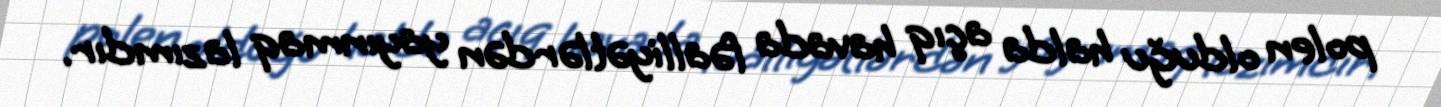
polen olduğu halda açıq havada fəalliyətlərdən yayınmaq lazımdır.